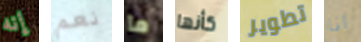
إنه نعم ما كأنها تطوير انا